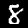
Label: 8